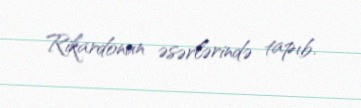
Rikardonun əsərlərində tapıb.